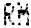
RM